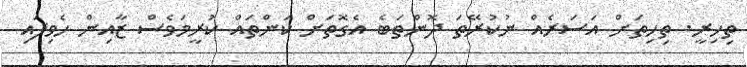
ތިހިރީ. ތިހިތަށް އަސަރެއް ނުކުރޭތަ ދޮންތަބެ އެގޮތަށް ކަންތައް ކުރީމަވެސް ޒާއިން ހެވިފައި